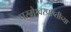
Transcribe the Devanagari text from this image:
परमेश्वरप्राप्तीच्या